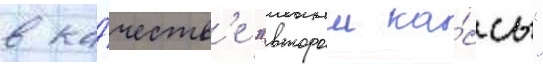
в ка́честв'е "второи ка́ссы"